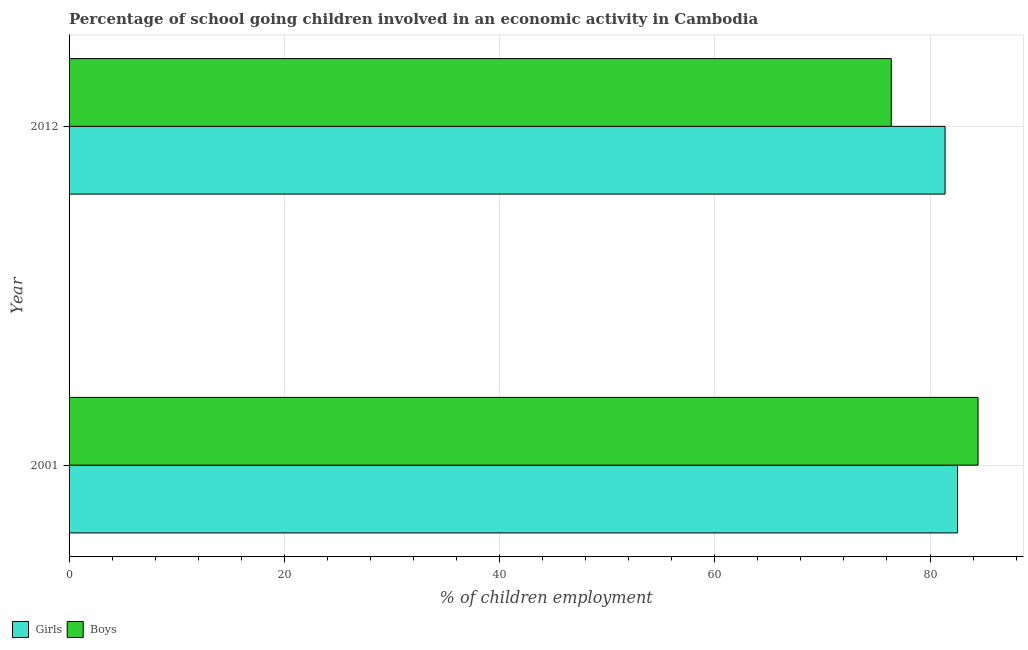
| Year | Girls | Boys |
 | --- | --- | --- |
 | 2001 | 82.6 | 84.5 |
 | 2012 | 81.4 | 76.4 |